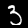
Digit: 3